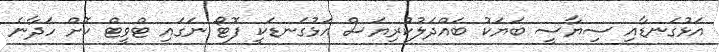
އަޅުގަނޑާއި ސިޔާސީ ބަޔަކު ބައްދަލުކުރިޔަސް އަޅުގަނޑަކީ ފޮޓޯ ނަގައި ޓްވީޓް ކޮށް ހަދާނެ